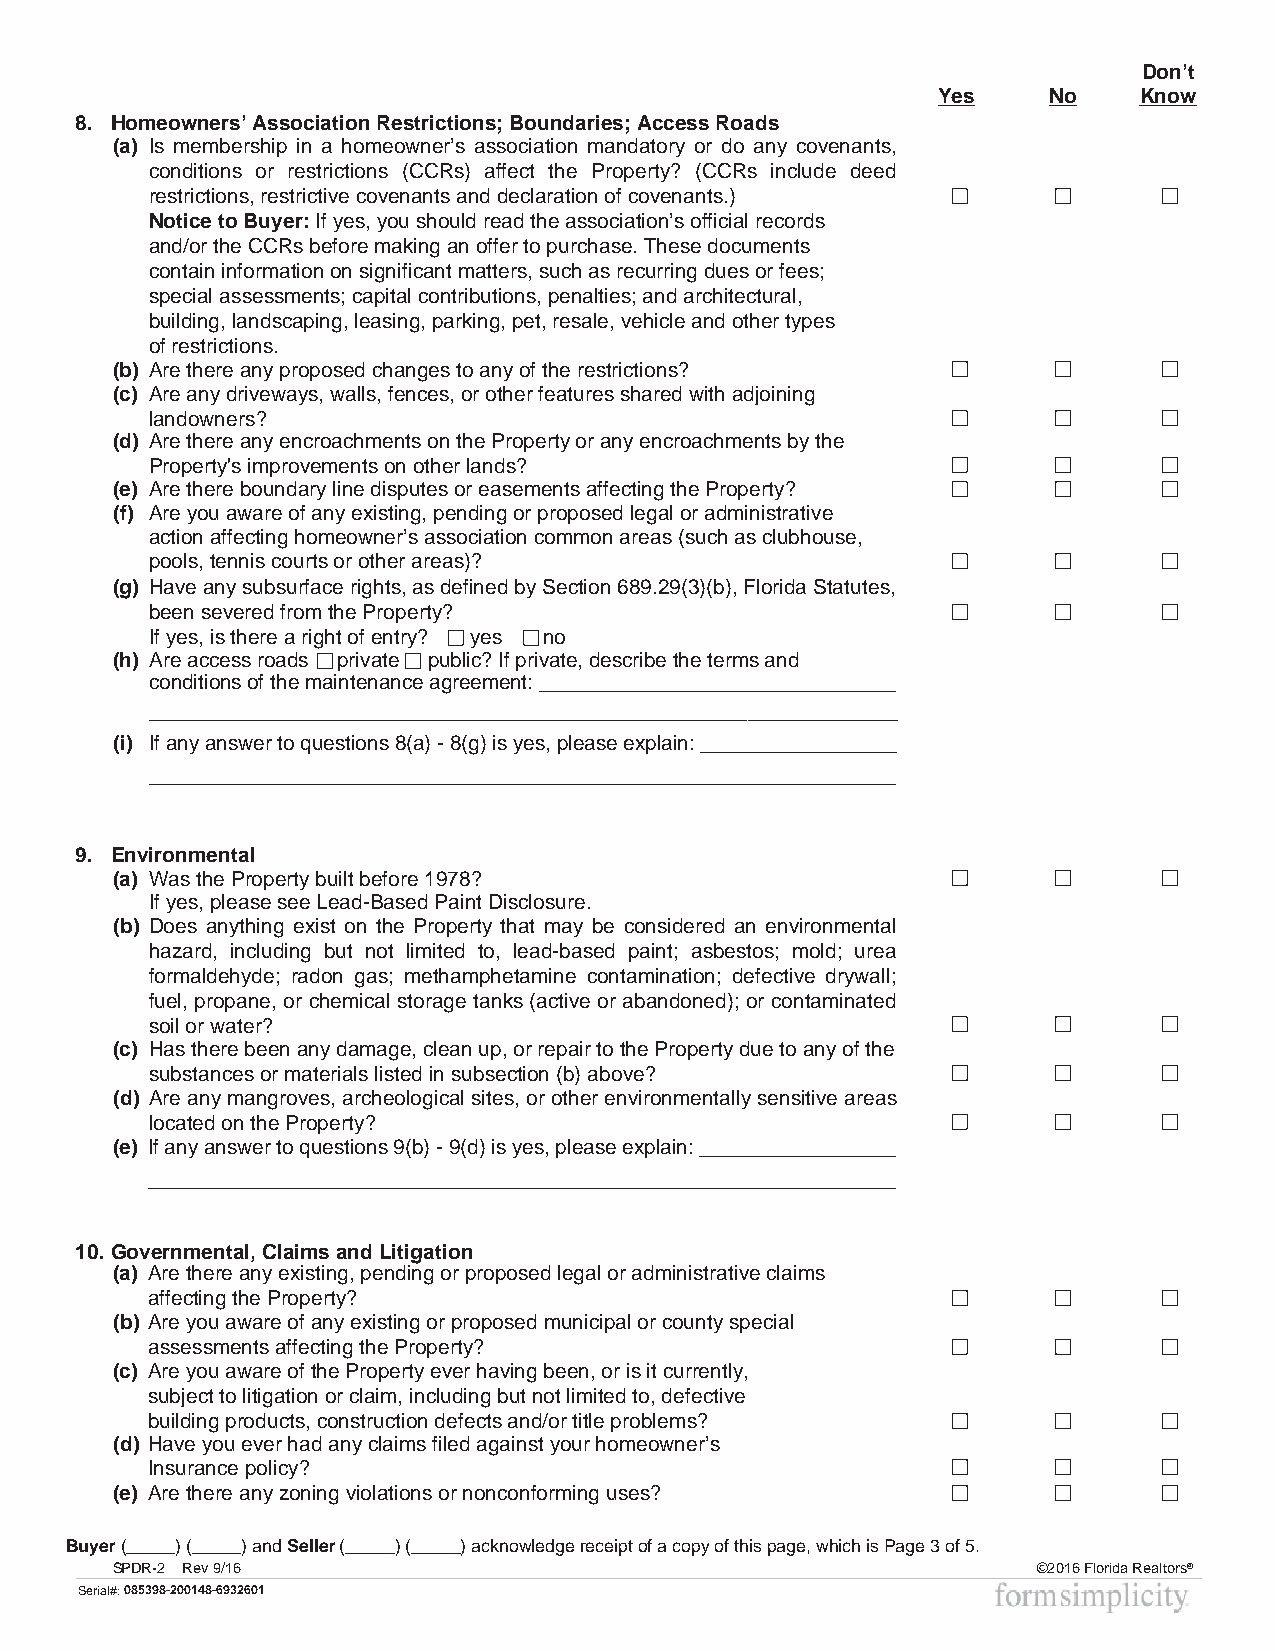
Don’t
 Yes    No    Know
 8. Homeowners’ Association Restrictions; Boundaries; Access Roads
 (a) Is membership in a homeowner’s association mandatory or do any covenants,
 conditions or restrictions (CCRs) affect the Property? (CCRs include deed
 restrictions, restrictive covenants and declaration of covenants.)
 Notice to Buyer: If yes, you should read the association’s official records
 and/or the CCRs before making an offer to purchase. These documents
 contain information on significant matters, such as recurring dues or fees;
 special assessments; capital contributions, penalties; and architectural,
 building, landscaping, leasing, parking, pet, resale, vehicle and other types
 of restrictions.
 (b) Are there any proposed changes to any of the restrictions?
 (c) Are any driveways, walls, fences, or other features shared with adjoining
 landowners?
 (d) Are there any encroachments on the Property or any encroachments by the
 Property's improvements on other lands?
 (e) Are there boundary line disputes or easements affecting the Property?
 (f) Are you aware of any existing, pending or proposed legal or administrative
 action affecting homeowner’s association common areas (such as clubhouse,
 pools, tennis courts or other areas)?
 (g) Have any subsurface rights, as defined by Section 689.29(3)(b), Florida Statutes,
 been severed from the Property?
 If yes, is there a right of entry? ___yes___no
 (h) Are access roads __private __public? If private, describe the terms and
 conditions of the maintenance agreement: _______________________________
 _________________________________________________________________
 (i) If any answer to questions 8(a) - 8(g) is yes, please explain: _________________
 _________________________________________________________________
 9. Environmental
 (a) Was the Property built before 1978?
 If yes, please see Lead-Based Paint Disclosure.
 (b) Does anything exist on the Property that may be considered an environmental
 hazard, including but not limited to, lead-based paint; asbestos; mold; urea
 formaldehyde; radon gas; methamphetamine contamination; defective drywall;
 fuel, propane, or chemical storage tanks (active or abandoned); or contaminated
 soil or water?
 (c) Has there been any damage, clean up, or repair to the Property due to any of the
 substances or materials listed in subsection (b) above?
 (d) Are any mangroves, archeological sites, or other environmentally sensitive areas
 located on the Property?
 (e) If any answer to questions 9(b) - 9(d) is yes, please explain: _________________
 _________________________________________________________________
 10. Governmental, Claims and Litigation
 (a) Are there any existing, pending or proposed legal or administrativeclaims
 affecting the Property?
 (b) Are you aware of any existing or proposed municipal or countyspecial
 assessments affecting the Property?
 (c) Are you aware of the Property ever having been, or is it currently,
 subject to litigation or claim, including but not limited to, defective
 building products, construction defects and/or title problems?
 (d) Have you ever had any claims filed against your homeowner’s
 Insurance policy?
 (e) Are there any zoning violations or nonconforming uses?
 Buyer(_____) (_____) and Seller (_____) (_____) acknowledge receipt of a copy of this page, which is Page 3 of 5.
 SPDR-2 Rev 9/16                                               ©2016 Florida Realtors®
 Serial#:085398-200148-6932601